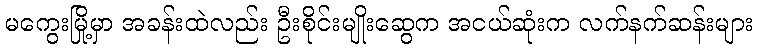
မကွေးမြို့မှာ အခန်းထဲလည်း ဦးစိုင်းမျိုးဆွေက အငယ်ဆုံးက လက်နက်ဆန်းများ